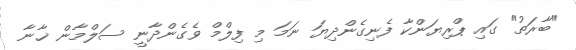
"ބާރަތު" ގައި ޕްރިޔަންކާ ފެނިގެންދިޔަ ނަމަ މި ފިލްމް ވެގެންދާނީ ސަލްމާން ޚާނާ